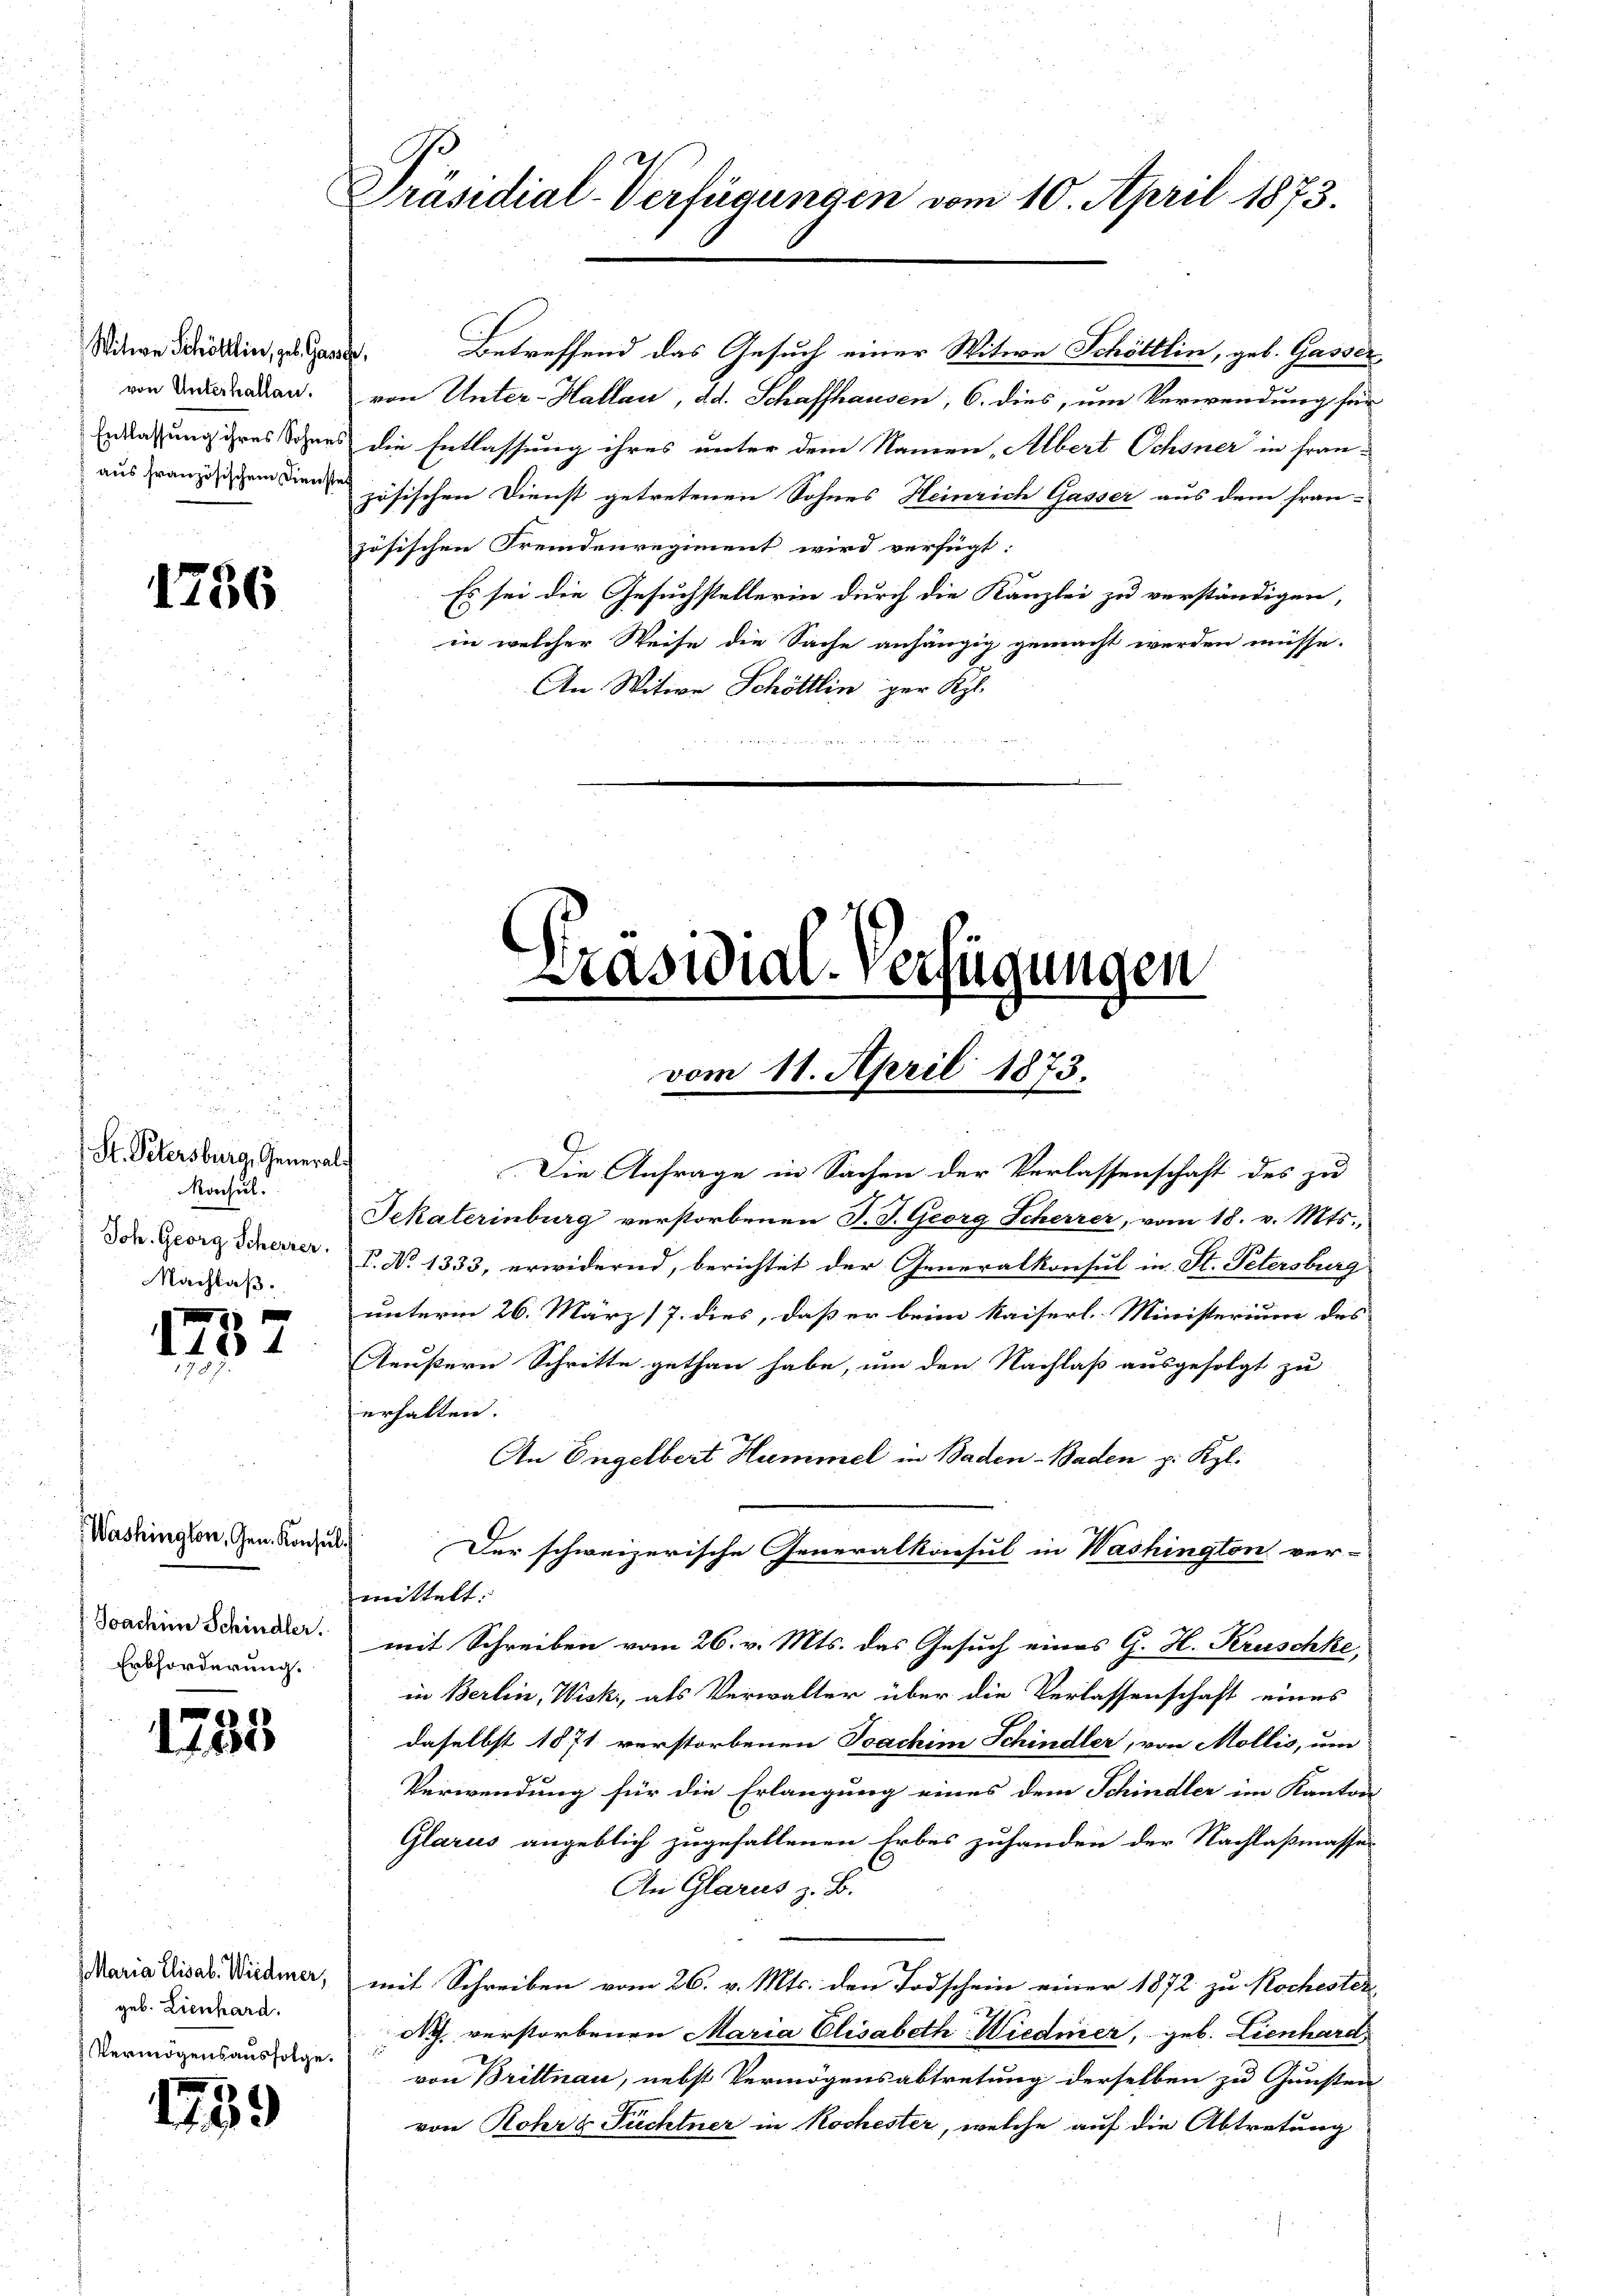
von Unterhallen.

4736

St. Petersburg, General¬
Roschul
Nachlaß

1732

Washington, Gen. Konsul
Joachine Schindler.
Erbforderung.

1755

geb. Lienhard.
Vermögensausfolge.

1739

Witwe Beisin, zu Hand. Betreffend das Gesuch einer Witwe Schölllin, geb. Gasser
von Unter-Hallau, d. d. Schaffhausen, 6. dies, um Verwendung für
Erlaßung ihres Sohnes die Entlassung ihres unter dem Namen Albert Ochsner in fran-
aus französischen den zösischen Dienst getretenen Sohnes Heinrich Gasser aus dem fran-
zösischen Fremdenregiment wird verfügt:
Es sei die Gesuchstellerin durch die Kanzlei zu verständigen,
in welcher Weise die Sache anhängig gemacht werden müsse.
An Witwe Schölllin per Kgl.

Präsidial-Verfügungen vom 10. April 1873.

Präsidial-Verfügungen
vom 11. April 1873.
Die Anfrage in Sachen der Verlassenschaft des zu

Sekalerinburg verstorbenen J. J. Georg Scherrer, vom 18. v. Mts.,
DDr. Georg Schnerrer. P. No 1333, erwidernd, berichtet der Generalkonsul in St. Petersburg
unterm 26. März 17. dies, daß er beim Kaiserl. Ministerium des
Aeußern Schritte gethan habe, um den Nachlaß ausgefolgt zu
erhalten.
An Engelbert Hummel in Baden-Baden p. Kgl.
Der schweizerische Generalkonsul in Washington ver-
mittelt.
mit Schreiben vom 26. v. Mts. das Gesuch eines G. H. Kruschke,
in Berlin, Wisk, als Verwalter über die Verlassenschaft eines
daselbst 1871 verstorbenen Joachim Schindler, von Mollis, um
Verwendung für die Erlangung eines dem Schindler im Kanton
Glarus angeblich zugefallenen Erbes zuhanden der Nachlaßmasse
An Glarus z. B.
Maria Lisab. Wiedmer, mit Schreiben vom 26. v. Mts. den Todschein einer 1872 zu Kochester
Ag. verstorbenen Maria Elisabeth Wiedmer, geb. Lienhard
von Brittnau, nebst Vermögensabtretung derselben zu Gunsten
von Rohrs Pächtner in Kochester, welche auf die Abtretung